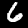
Digit: 6